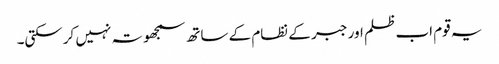
یہ قوم اب ظلم اور جبر کے نظام کے ساتھ سمجھوتہ نہیں کرسکتی۔